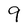
Character: 9